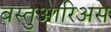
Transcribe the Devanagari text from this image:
बस्तुआरिअस